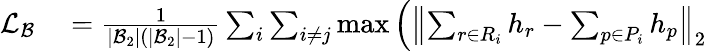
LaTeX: \begin{array}{rl}{\mathcal{L}_{\mathcal{B}}}&{{}=\frac{1}{|\mathcal{B}_{2}|(|\mathcal{B}_{2}|-1)}\sum_{i}\sum_{i\neq j}\operatorname*{max}\Big(\left\| \sum_{r\in R_{i}}h_{r}-\sum_{p\in P_{i}}h_{p}\right\| _{2}}\end{array}